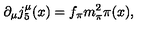
\partial _ { \mu } j _ { 5 } ^ { \mu } ( x ) = f _ { \pi } m _ { \pi } ^ { 2 } \pi ( x ) ,